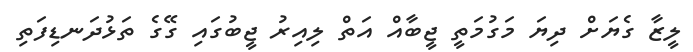
ލީޒާ ގެޔަށް ދިޔަ މަގުމަތީ ޖީބާއް އަތް ލިއިރު ޖީބުގައި ގޭގެ ތަޅުދަނޑިފަތި